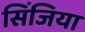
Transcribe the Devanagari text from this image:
सिंजिया